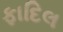
ફાદિલ